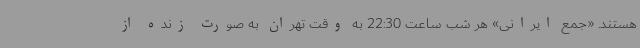
هستند. «جمع ایرانی» هر شب ساعت 22:30 به وقت تهران به صورت زنده از